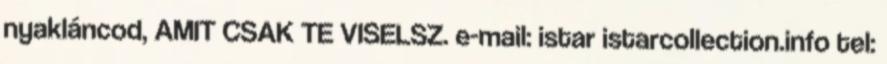
nyakláncod, AMIT CSAK TE VISELSZ. e-mail: istar istarcollection.info tel: